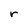
Character: r